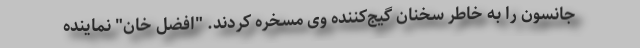
جانسون را به خاطر سخنان گیج‌کننده وی مسخره کردند. "افضل خان" نماینده